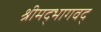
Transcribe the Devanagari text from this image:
श्रीमद्भागवद्